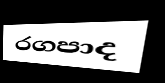
රගපාද